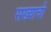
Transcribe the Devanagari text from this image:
सख्याची